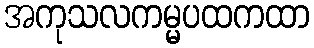
အကုသလကမ္မပထကထာ